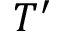
T ^ { \prime }